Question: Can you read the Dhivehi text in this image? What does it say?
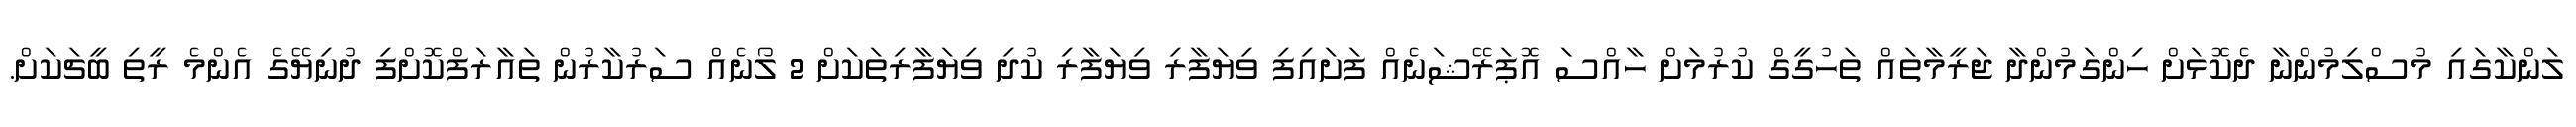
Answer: ލަންކާގައި މުސްލިމުންނާ ދެކޮޅަށް ހިންގަމުންދާ ޖަރީމާތައް ތަހުގީގް ކުރުމަށް ހާއްސަ އޮޕަރޭޝަނެއް ފަށައިފި ވިޔަފާރި ވިޔަފާރި ކުދި ވިޔަފާރިތަކަށް 2 ލޯނެއް ސަރުކާރުން ތައާރަފްކޮށްފި ދުނިޔޭގެ އެންމެ ރީތި ބީޗަކަށް.